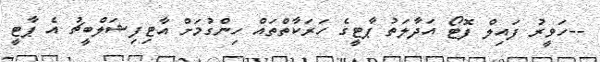
--ހަވީރު ފައިލް ފޮޓޯ އަދާލަތު ޕާޓީގެ ހަރަކާތްތައް ހިންގުމަށް އާޓިފިޝަލްބީޗު އެ ޕާޓީ